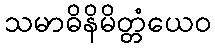
သမာဓိနိမိတ္တံယေဝ